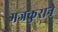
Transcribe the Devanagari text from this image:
मजकुराने